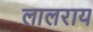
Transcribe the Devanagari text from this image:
लालराय